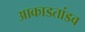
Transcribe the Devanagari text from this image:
आकाडतांडव